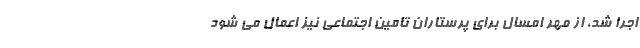
اجرا شد، از مهر امسال برای پرستاران تامین اجتماعی نیز اعمال می شود